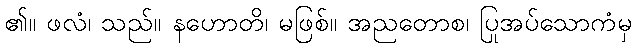
၏။ ဖလံ၊ သည်။ နဟောတိ၊ မဖြစ်။ အညတောစ၊ ပြုအပ်သောကံမှ